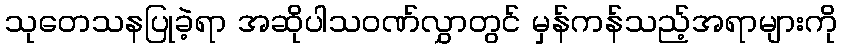
သုတေသနပြုခဲ့ရာ အဆိုပါသဝဏ်လွှာတွင် မှန်ကန်သည့်အရာများကို